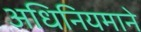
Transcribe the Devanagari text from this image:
अधिनियमाने